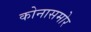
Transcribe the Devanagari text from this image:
कोनासमोर